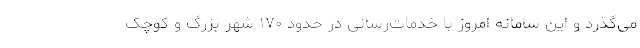
می‌گذرد و این سامانه امروز با خدمات‌رسانی در حدود ۱۷۰ شهر بزرگ و کوچک